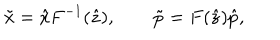
\tilde { x } = \hat { x } F ^ { - 1 } ( \hat { z } ) , \qquad \tilde { p } = F ( \hat { z } ) \hat { p } ,